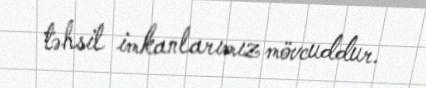
təhsil imkanlarımız mövcuddur.